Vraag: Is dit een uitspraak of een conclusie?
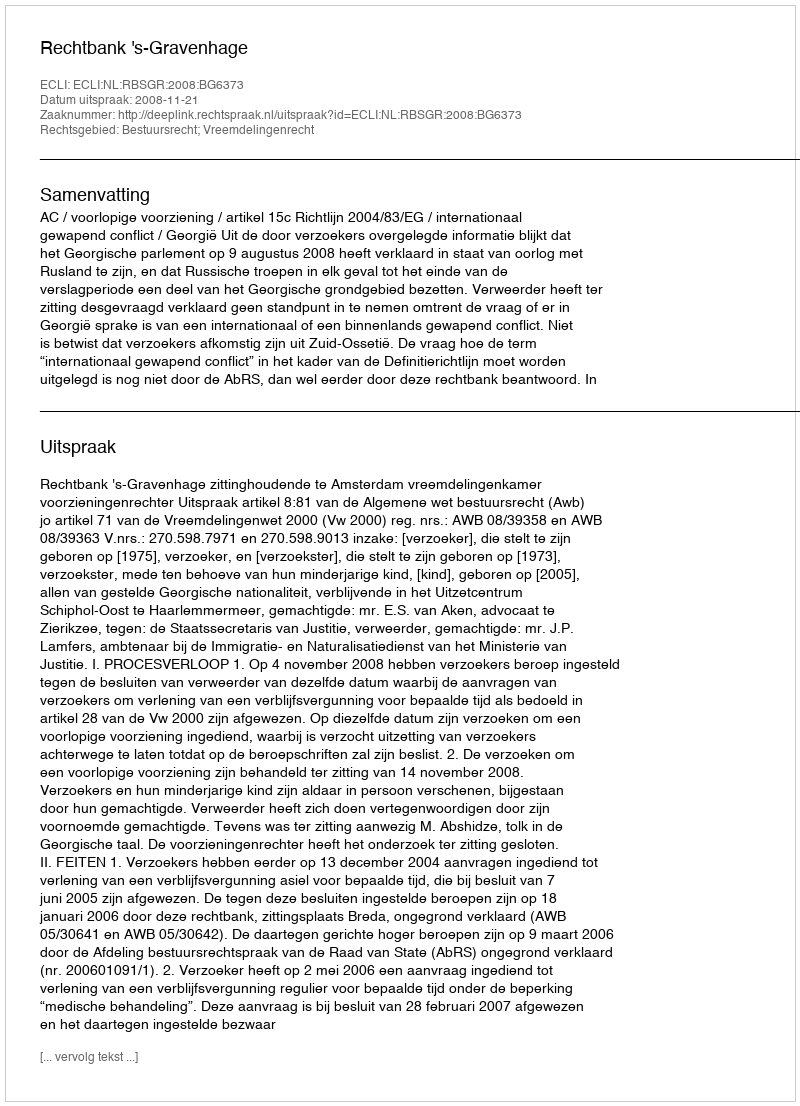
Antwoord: Uitspraak